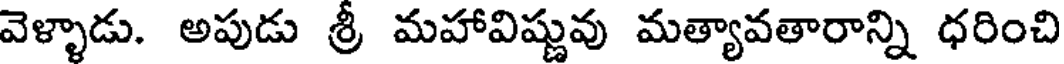
వెళ్ళాడు. అపుడు శ్రీ మహావిష్ణువు మత్యావతారాన్ని ధరించి